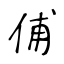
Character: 俌